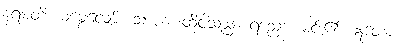
နရမတိ၊ မမွေ့လျော်။ သာဟံ၊ ထိုငါသည်။ ရညော၊ မင်း၏။ ဣတော